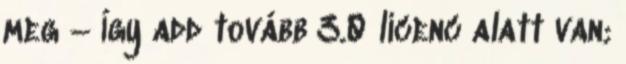
meg – Így add tovább 3.0 licenc alatt van;